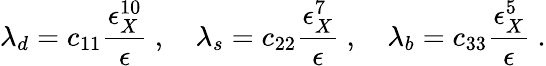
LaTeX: \lambda_{d}=c_{11}\frac{\epsilon_{X}^{10}}{\epsilon}~,~~~~\lambda_{s}=c_{22}\frac{\epsilon_{X}^{7}}{\epsilon}~,~~~~\lambda_{b}=c_{33}\frac{\epsilon_{X}^{5}}{\epsilon}~.